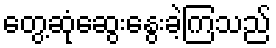
တွေ့ဆုံဆွေးနွေးခဲ့ကြသည်